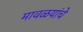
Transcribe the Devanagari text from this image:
मावळयांचे